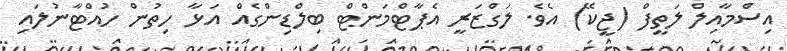
އިސްމާއިލް ލަތީފް (ޖީކޭ) އެވެ. ލަގްޒަރީ އެޕާޓްމަންޓް ބިލްޑިންގެއް އަޅާ ހިތުން ހުއްޓާނުލައި